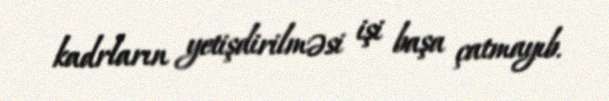
kadrların yetişdirilməsi işi başa çatmayıb.